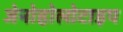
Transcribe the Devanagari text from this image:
जेनोहोलोटाइप